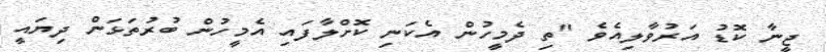
ޖީނާ ކޮޑު އަރުވާލިއެވެ "ތި ދެމީހުން އެކަނި ކޮށްލާފައި އެމީހުން ބުރުތަޅަން ދިޔައީ